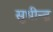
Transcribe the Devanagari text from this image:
सुधीन्द्र